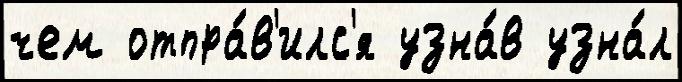
чем отпра́в'илс'я узна́в узна́л